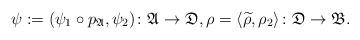
\begin{align*}\psi := (\psi_1\circ p_\mathfrak{A}, \psi_2) \colon \mathfrak A \to \mathfrak D, \rho = \langle \widetilde \rho, \rho_2 \rangle \colon \mathfrak D \to \mathfrak B.\end{align*}